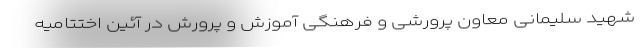
شهید سلیمانی معاون پرورشی و فرهنگی آموزش و پرورش در آئین اختتامیه